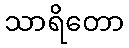
သာရိတော